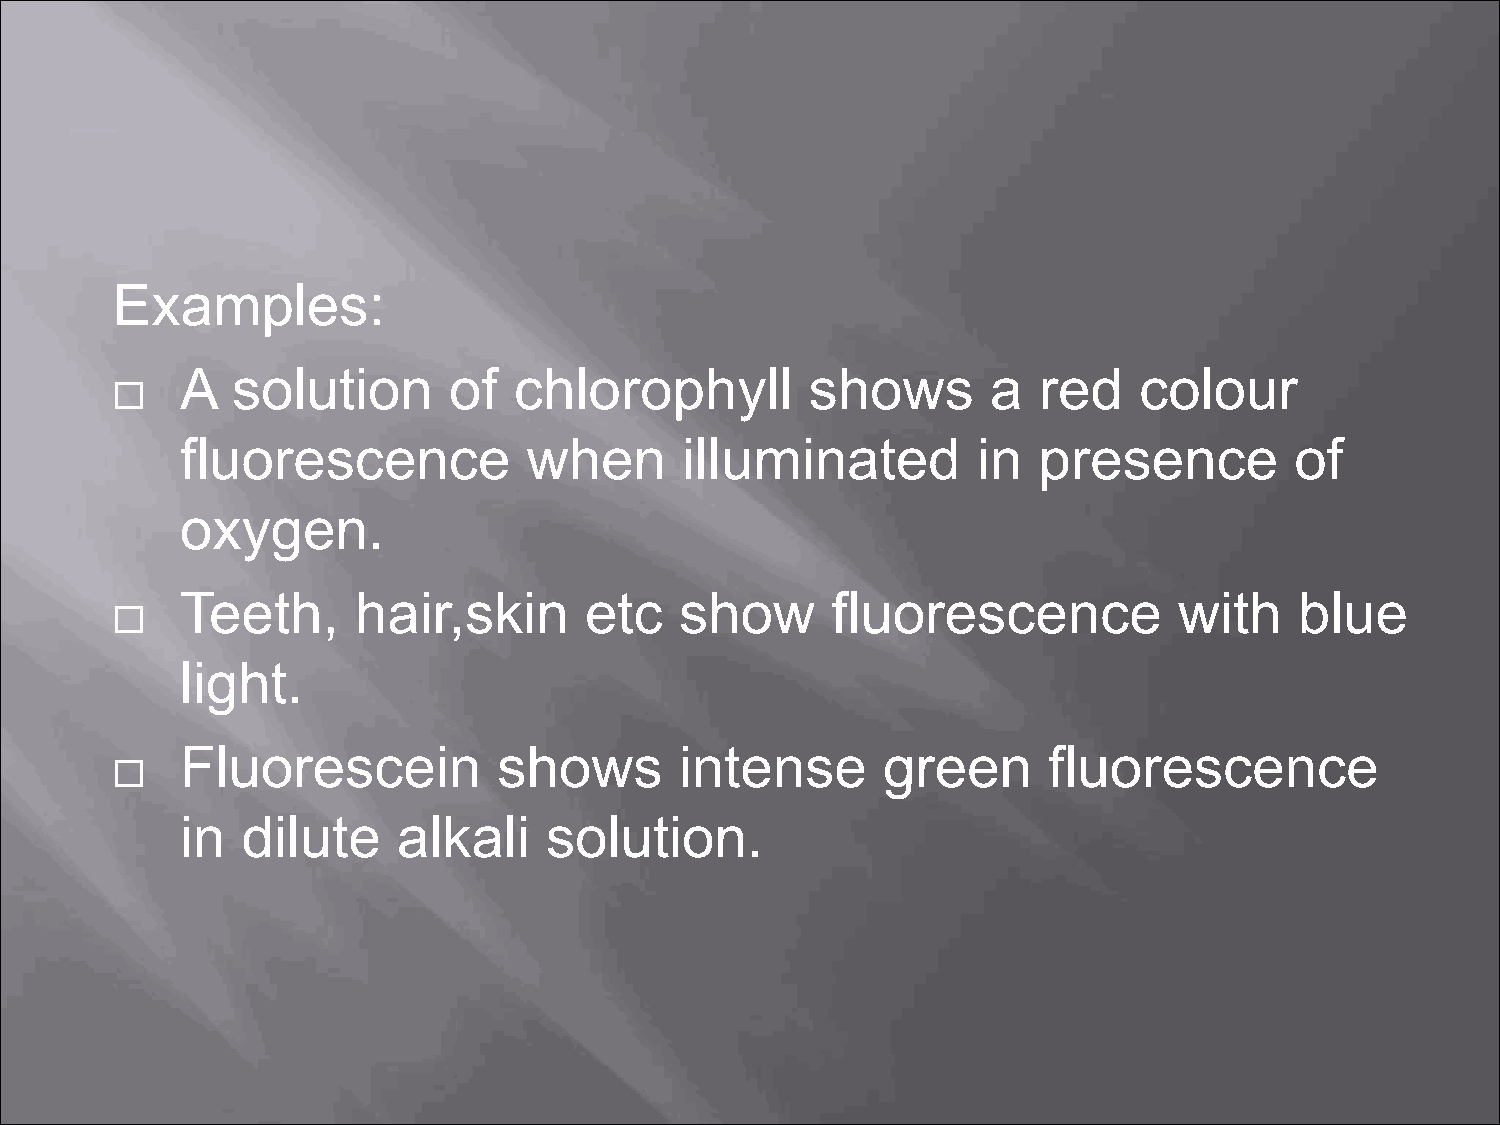
Examples:
 A  solution       of  chlorophyll         shows       a  red   colour
 
 fluorescence           when      illuminated         in  presence         of
 oxygen.
 Teeth,      hair,skin      etc   show      fluorescence           with    blue
 
 light.
 Fluorescein          shows       intense      green      fluorescence
 
 in  dilute    alkali    solution.